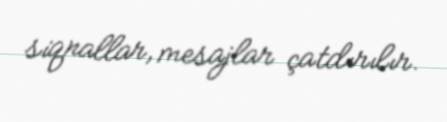
siqnallar, mesajlar çatdırılır.